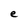
Character: e